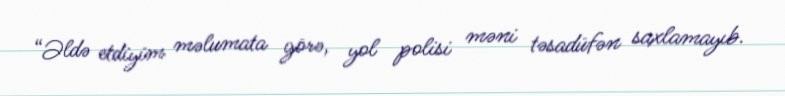
“Əldə etdiyim məlumata görə, yol polisi məni təsadüfən saxlamayıb.